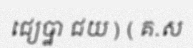
ជ្យេឞ្ឋា ជយ ) ( គ.ស